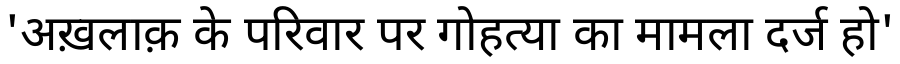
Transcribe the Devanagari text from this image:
'अख़लाक़ के परिवार पर गोहत्या का मामला दर्ज हो'